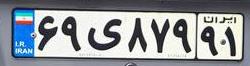
۶۹ی۸۷۹۹۱